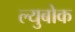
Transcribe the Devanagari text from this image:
ल्युबोक